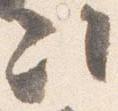
次